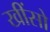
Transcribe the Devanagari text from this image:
खींसो